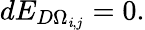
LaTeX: dE_{D\Omega_{\mathit{i},j}}=0.